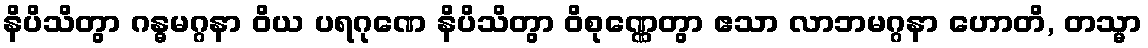
နိပိသိတွာ ဂန္ဓမဂ္ဂနာ ဝိယ ပရဂုဏေ နိပိသိတွာ ဝိစုဏ္ဏေတွာ ဧသာ လာဘမဂ္ဂနာ ဟောတိ, တသ္မာ